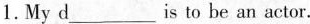
1.My d___is to be an actor.